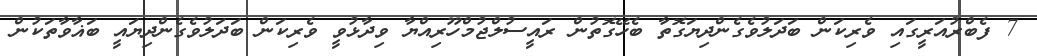
7 ފެބްރުއަރީގައި ވެރިކަން ބަދަލުވެގެންދިޔަގޮތާ ބެހޭގޮތުން ރައީސުލްޖުމްހޫރިއްޔާ ވިދާޅުވީ ވެރިކަން ބަދަލުވެގެންދިޔައީ ބަޣާވާތަކުން